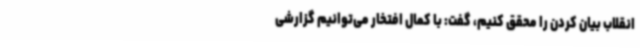
انقلاب بیان کردن را محقق کنیم، گفت: با کمال افتخار می‌توانیم گزارشی